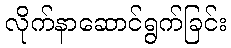
လိုက်နာဆောင်ရွက်ခြင်း